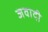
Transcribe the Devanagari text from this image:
जवादी